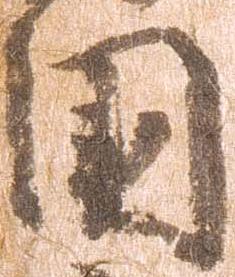
国